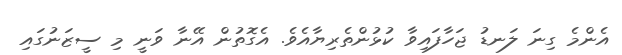
އެންމެ ގިނަ ލަނޑު ޖަހާފައިވާ ކުޅުންތެރިޔާއެވެ. އެގޮތުން އޭނާ ވަނީ މި ސީޒަނުގައި